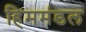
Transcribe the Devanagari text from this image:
हिममंडल